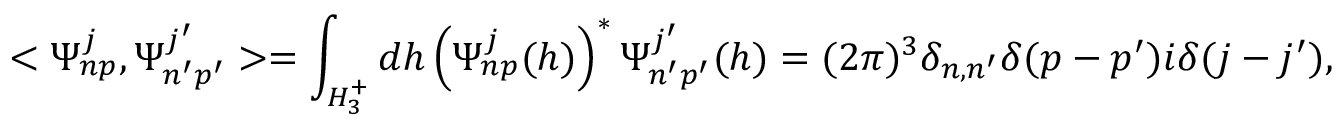
< \Psi _ { n p } ^ { j } , \Psi _ { n ^ { \prime } p ^ { \prime } } ^ { j ^ { \prime } } > = \int _ { H _ { 3 } ^ { + } } d h \left( \Psi _ { n p } ^ { j } ( h ) \right) ^ { \ast } \Psi _ { n ^ { \prime } p ^ { \prime } } ^ { j ^ { \prime } } ( h ) = ( 2 \pi ) ^ { 3 } \delta _ { n , n ^ { \prime } } \delta ( p - p ^ { \prime } ) i \delta ( j - j ^ { \prime } ) ,